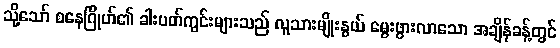
သို့သော် စနေဂြိုဟ်၏ ခါးပတ်ကွင်းများသည် လူသားမျိုးနွယ် မွေးဖွားလာသော အချိန်ခန့်တွင်